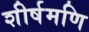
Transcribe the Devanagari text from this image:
शीर्षमणि